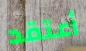
أعتقد